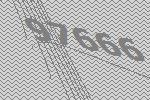
97666